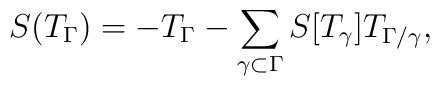
S(T_\Gamma)=-T_\Gamma-\sum_{\gamma\subset\Gamma}S[T_\gamma]T_{\Gamma/\gamma},